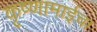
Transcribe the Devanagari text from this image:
कृष्णामाईचा